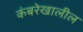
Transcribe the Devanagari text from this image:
कंबरेखालील